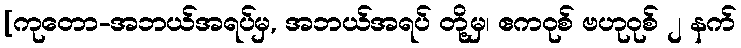
[ကုတော-အဘယ်အရပ်မှ, အဘယ်အရပ် တို့မှ၊ ဧကဝုစ် ဗဟုဝုစ် ၂ နက်